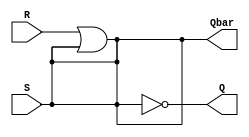
`timescale 1ns / 1ps

module SR_Latch(input S, R, output Q, Qbar);
    nor #1 N1(Q, R, Qbar);
    not #1 N2(Qbar, S, Q);
endmodule

/////////////////////////////////////////////////////////////////////////

module SR_flipflop (
  input clk,
  input s,r,
  output reg q,
  output qbar
  );
  
  // always@(posedge clk or negedge rst_n) // for asynchronous reset
  always@(posedge clk) begin // for synchronous reset
      case({s,r})
        2'b00: q <= q;    // No change
        2'b01: q <= 1'b0; // reset
        2'b10: q <= 1'b1; // set
        2'b11: q <= 1'bx; // Invalid inputs
      endcase
    end
  assign qbar = ~q;
endmodule